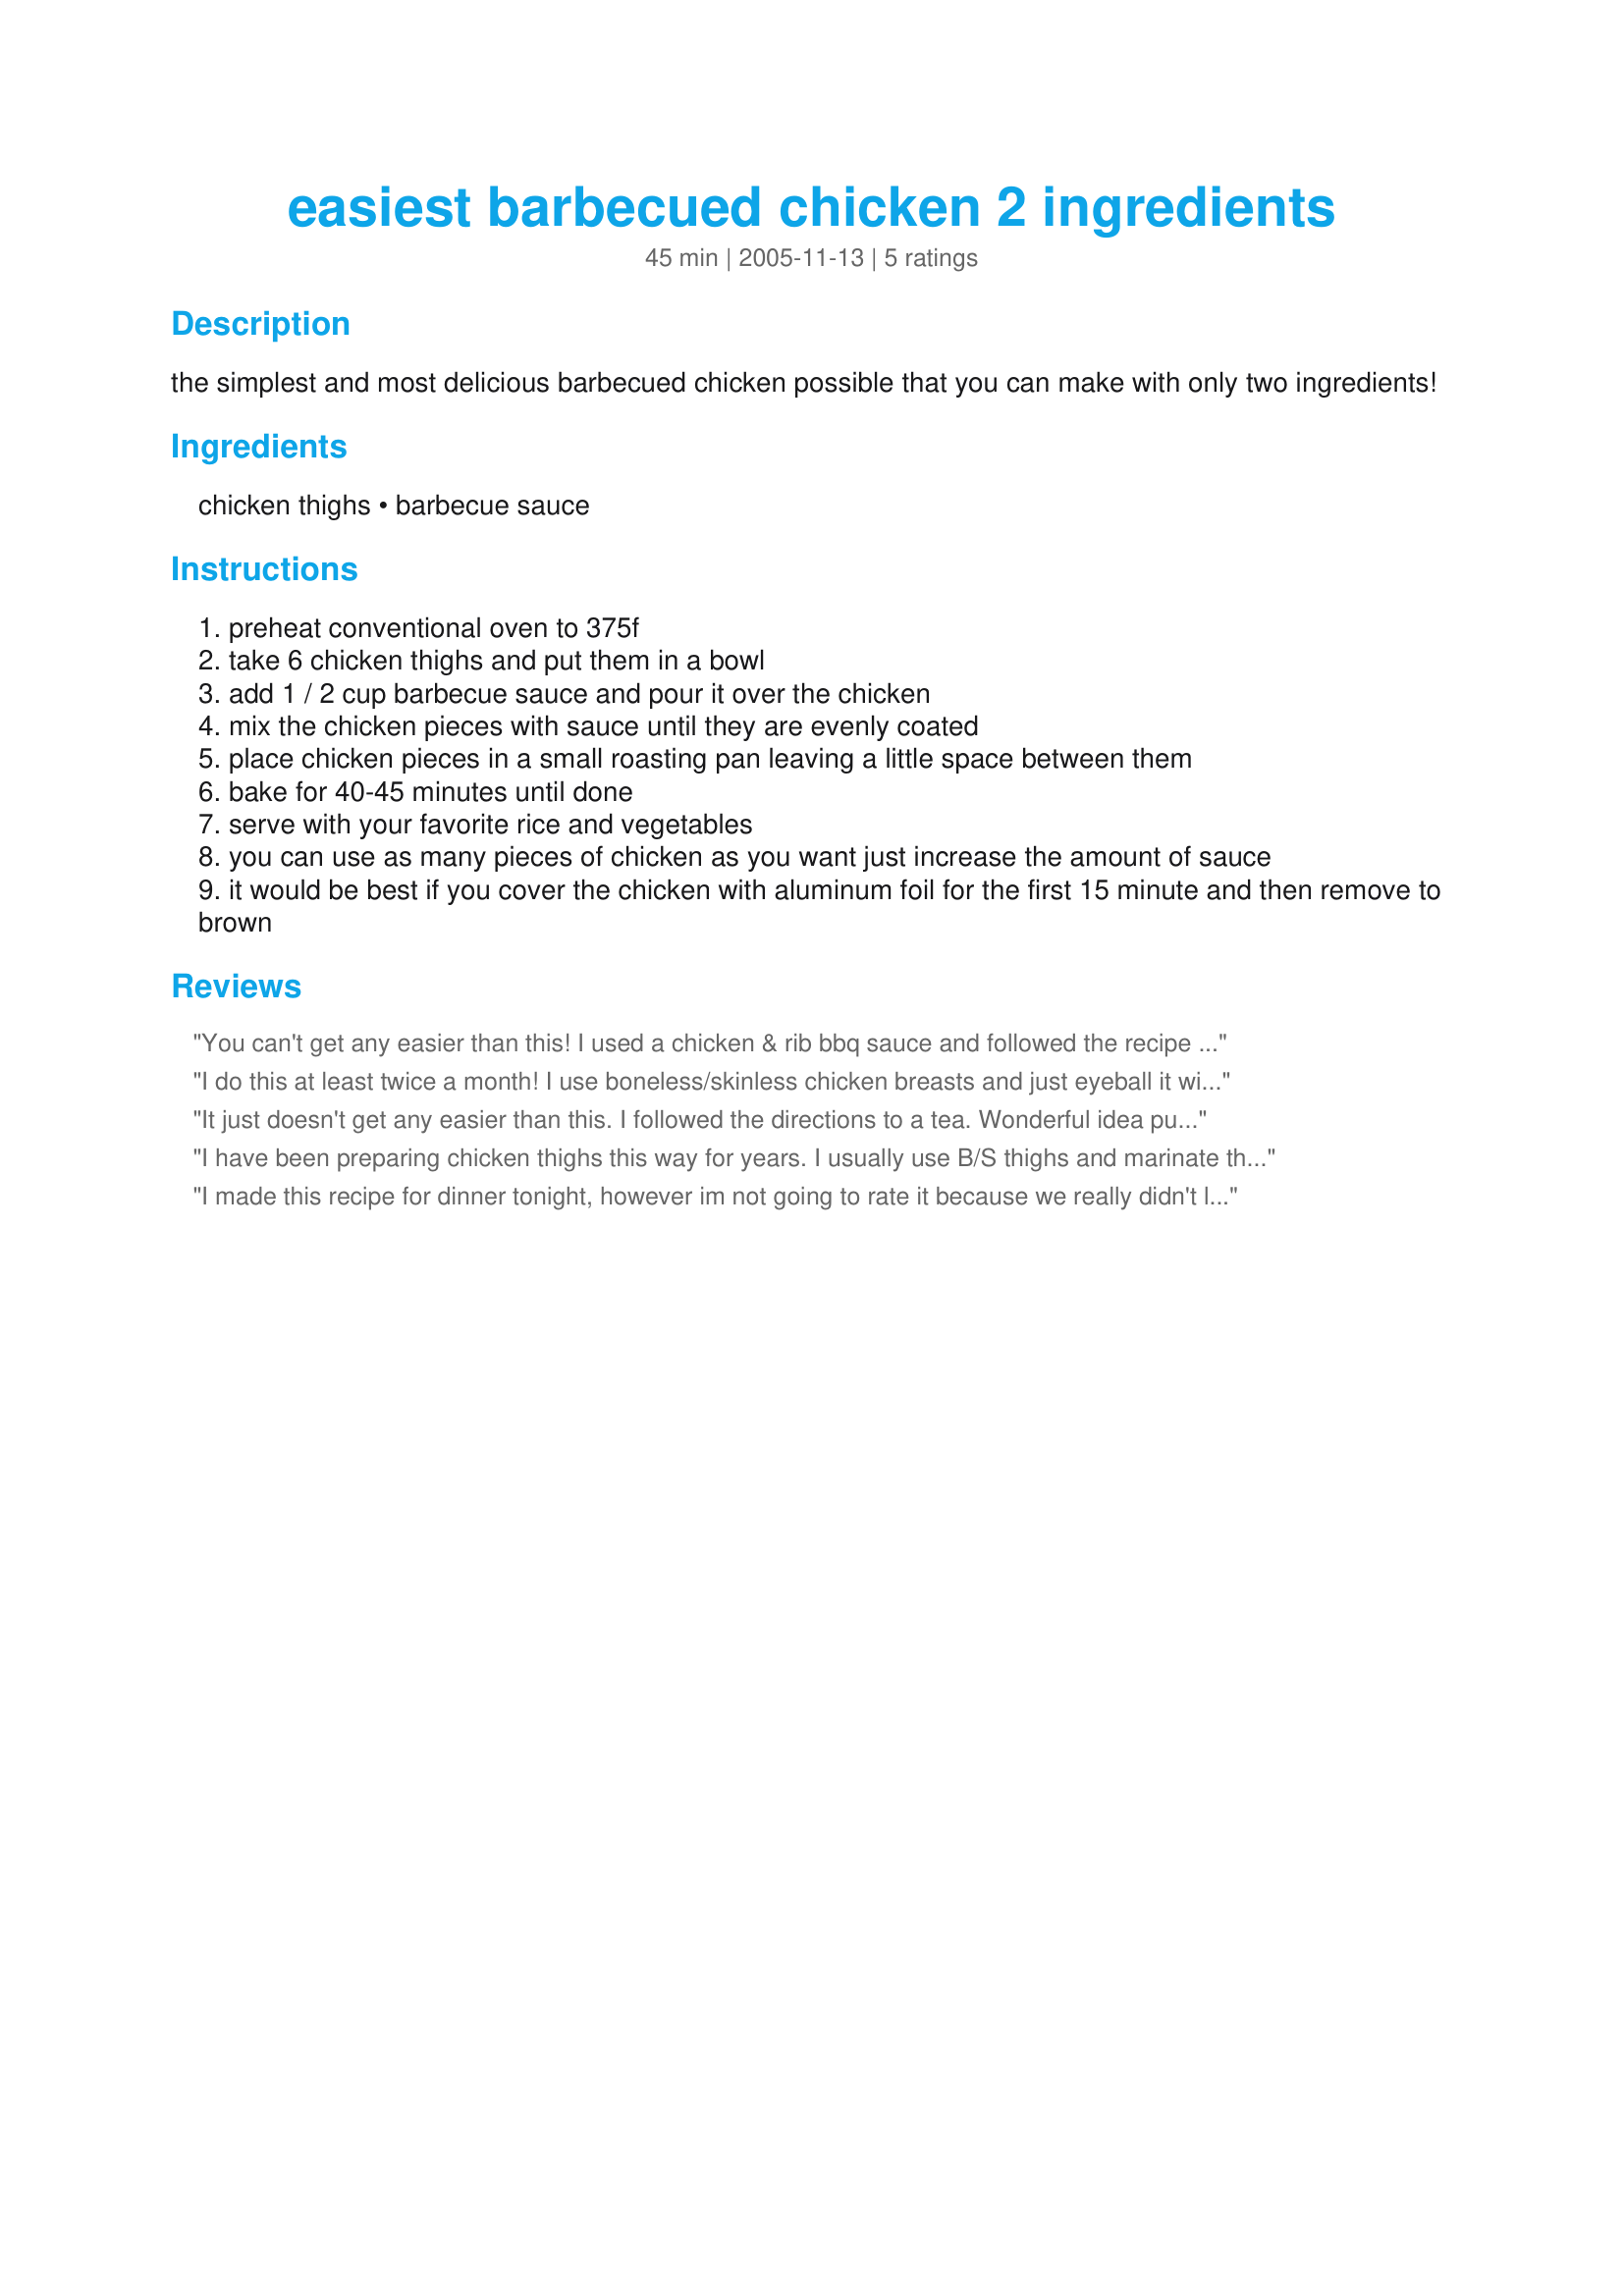
easiest barbecued chicken 2 ingredients
Preparation time: 45 minutes

the simplest and most delicious barbecued chicken possible that you can make with only two ingredients!

Ingredients:
chicken thighs, barbecue sauce

Steps:
preheat conventional oven to 375f
take 6 chicken thighs and put them in a bowl
add 1 / 2 cup barbecue sauce and pour it over the chicken
mix the chicken pieces with sauce until they are evenly coated
place chicken pieces in a small roasting pan leaving a little space between them
bake for 40-45 minutes until done
serve with your favorite rice and vegetables
you can use as many pieces of chicken as you want just increase the amount of sauce
it would be best if you cover the chicken with aluminum foil for the first 15 minute and then remove to brown

Reviews:
You can't get any easier than this! I used a chicken & rib bbq sauce and followed the recipe as written. Will definitely make again!
I do this at least twice a month! I use boneless/skinless chicken breasts and just eyeball it with pouring the sauce over the meat. My family acts like they are eating something special and I laugh to myself at the ease of prep! This one is a real winner for our family everytime.
It just doesn't get any easier than this. I followed the directions to a tea. Wonderful idea putting the sauce under the skin. Very moist and wonderful flavor. I used Famous Dave's Rich & Sassy BBQ sauce. Added some fresh ground pepper to the top after basting halfway through cooking. Thanks NatalyaB for a very nice supper.
I have been preparing chicken thighs this way for years. I usually use B/S thighs and marinate them in a ziplock for 24 hours before cooking. Recipes just don't get any more simple with such great flavor. Thanks for posting.
I made this recipe for dinner tonight, however im not going to rate it because we really didn't like it at all, but I don't think its the recipe..I just don't think we care for the game-ier taste of chicken thighs. I think next time Im going to use this technique for chicken breasts instead. Thanks for posting!
